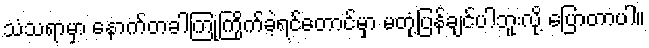
သံသရာမှာ နောက်တခါကြုံကြိုက်ခဲ့ရင်တောင်မှာ မတုံ့ပြန်ချင်ပါဘူးလို့ ပြောတာပါ။